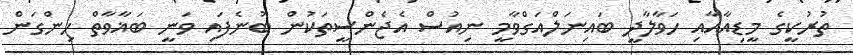
ތުރުކީގެ މީޑިއާއާއި ހަވާލާދީ ބައިނަލްއަގްވާމީ ނިއުސް އެޖެންސީތަކުން ބުނެފައި ވަނީ ބަޣާވާތް ހިންގަން